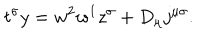
LaTeX: t ^ { \sigma } y = w ^ { 2 } w ^ { 1 } z ^ { \sigma } + D _ { \mu } j ^ { \mu \sigma } .